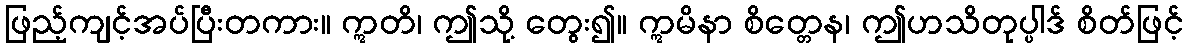
ဖြည့်ကျင့်အပ်ပြီးတကား။ ဣတိ၊ ဤသို့ တွေး၍။ ဣမိနာ စိတ္တေန၊ ဤဟသိတုပ္ပါဒ် စိတ်ဖြင့်